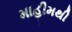
માહીમથી